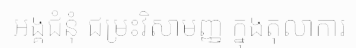
អង្គជំនុំ ជម្រះវិសាមញ្ញ ក្នុងតុលាការ